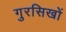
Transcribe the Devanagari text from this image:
गुरसिखों